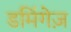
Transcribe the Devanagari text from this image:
डमिंगेज़